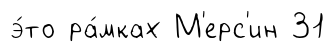
э́то ра́мках М'ерс'ин 31